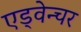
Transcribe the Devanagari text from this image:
एड्वेन्चर